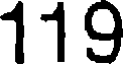
119